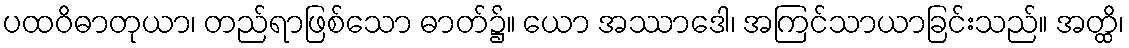
ပထဝိဓာတုယာ၊ တည်ရာဖြစ်သော ဓာတ်၌။ ယော အဿာဒေါ၊ အကြင်သာယာခြင်းသည်။ အတ္ထိ၊